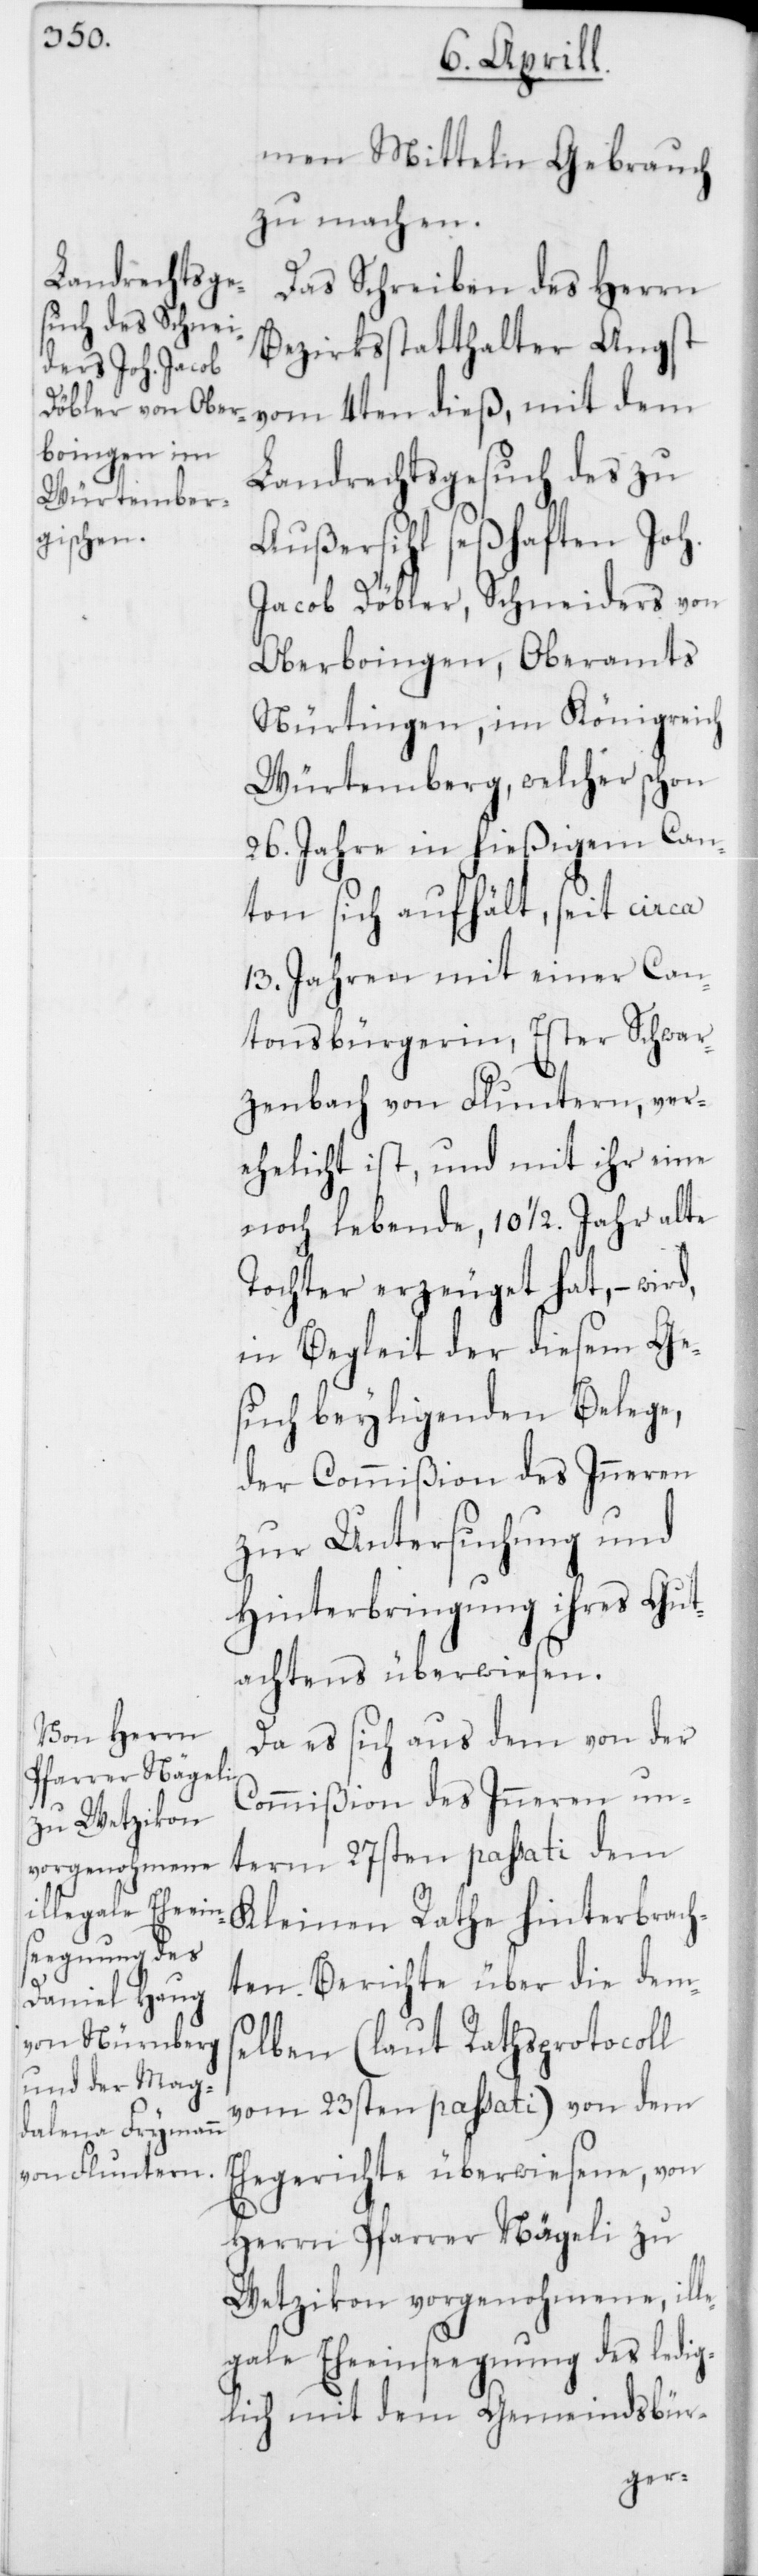
men Mitteln Gebrauch
zu machen.
Das Schreiben des Herrn
Bezirksstatthalter Angst
vom 4ten dieß, mit dem
Landrechtsgesuch des zu
Außersihl seßhaften Joh.
Jacob Döbler, Schneiders von
Oberbringen, Oberamts
Nürtingen im Königreich
Würtemberg, welcher schon
26. Jahre in hießigem Can¬
ton sich aufhält, seit circa
13. Jahren mit einer Can¬
tonsbürgerin, Ester Schwar¬
zenbach von Fluntern, ver¬
ehelicht ist, und mit ihr eine
noch lebende, 10 1/2. Jahr alte
Tochter erzeuget hat, – wird
in Begleit der diesem Ge¬
such beyliegenden Belege,
der Commißion des Inneren
zur Untersuchung und
Hinterbringung ihres Gut¬
achtens überwiesen.
Da es sich aus dem von der
Commißion des Inneren un¬
term 27sten passati dem
Kleinen Rathe hinterbrach¬
ten Berichte über die dem¬
selben (laut Rathsprotocoll
vom 23sten passati) von dem
Ehegerichte überwiesene, von
Herrn Pfarrer Nägeli zu
Wetzikon vorgenohmene, ill¬
egale Eheeinsegnung des ledi¬
glich mit dem Gemeindsbür-